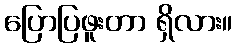
ပြောပြဖူးတာ ရှိလား။